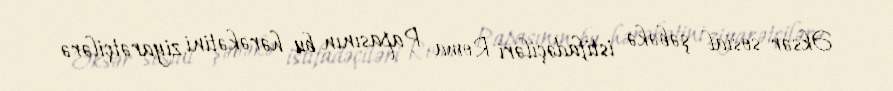
Əksər sosial şəbəkə istifadəçiləri Roma Papasının bu hərəkətini ziyarətçilərə